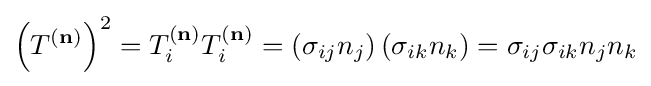
\left(T^{(\mathbf {n} )}\right)^{2}=T_{i}^{(\mathbf {n} )}T_{i}^{(\mathbf {n} )}=\left(\sigma _{ij}n_{j}\right)\left(\sigma _{ik}n_{k}\right)=\sigma _{ij}\sigma _{ik}n_{j}n_{k}